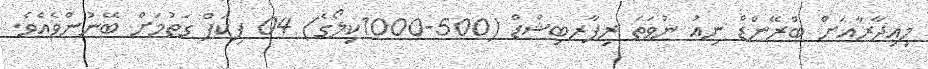
މިއިދާރާއަށް ބްރޭންޑް ނިއު ނުވަތަ ރިފާރބިޝްޑް (500-1000ކިލޯގެ) 04 ޕިކަޕް ގަތުމަށް ބޭނުންވެއެވެ.